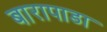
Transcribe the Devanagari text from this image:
बारापाडा